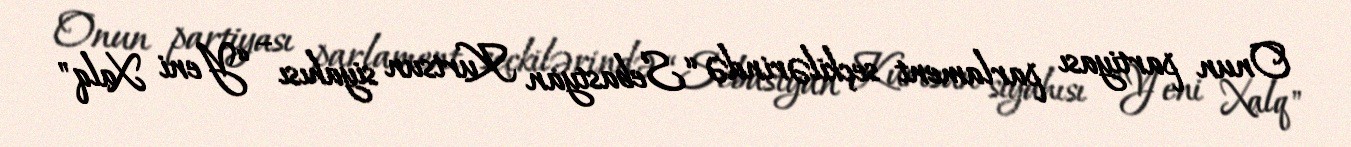
Onun partiyası parlament seçkilərində “Sebastyan Kurtsun siyahısı – “Yeni Xalq"